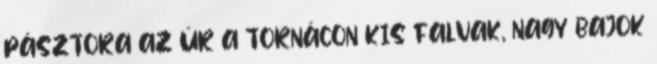
PÁSZTORA AZ ÚR A TORNÁCON KIS FALVAK, NAGY BAJOK